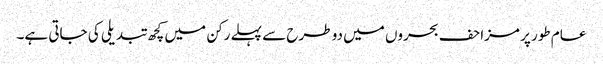
عام طور پر مزاحف بحروں میں دو طرح سے پہلے رکن میں کچھ تبدیلی کی جاتی ہے۔